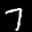
Label: 7